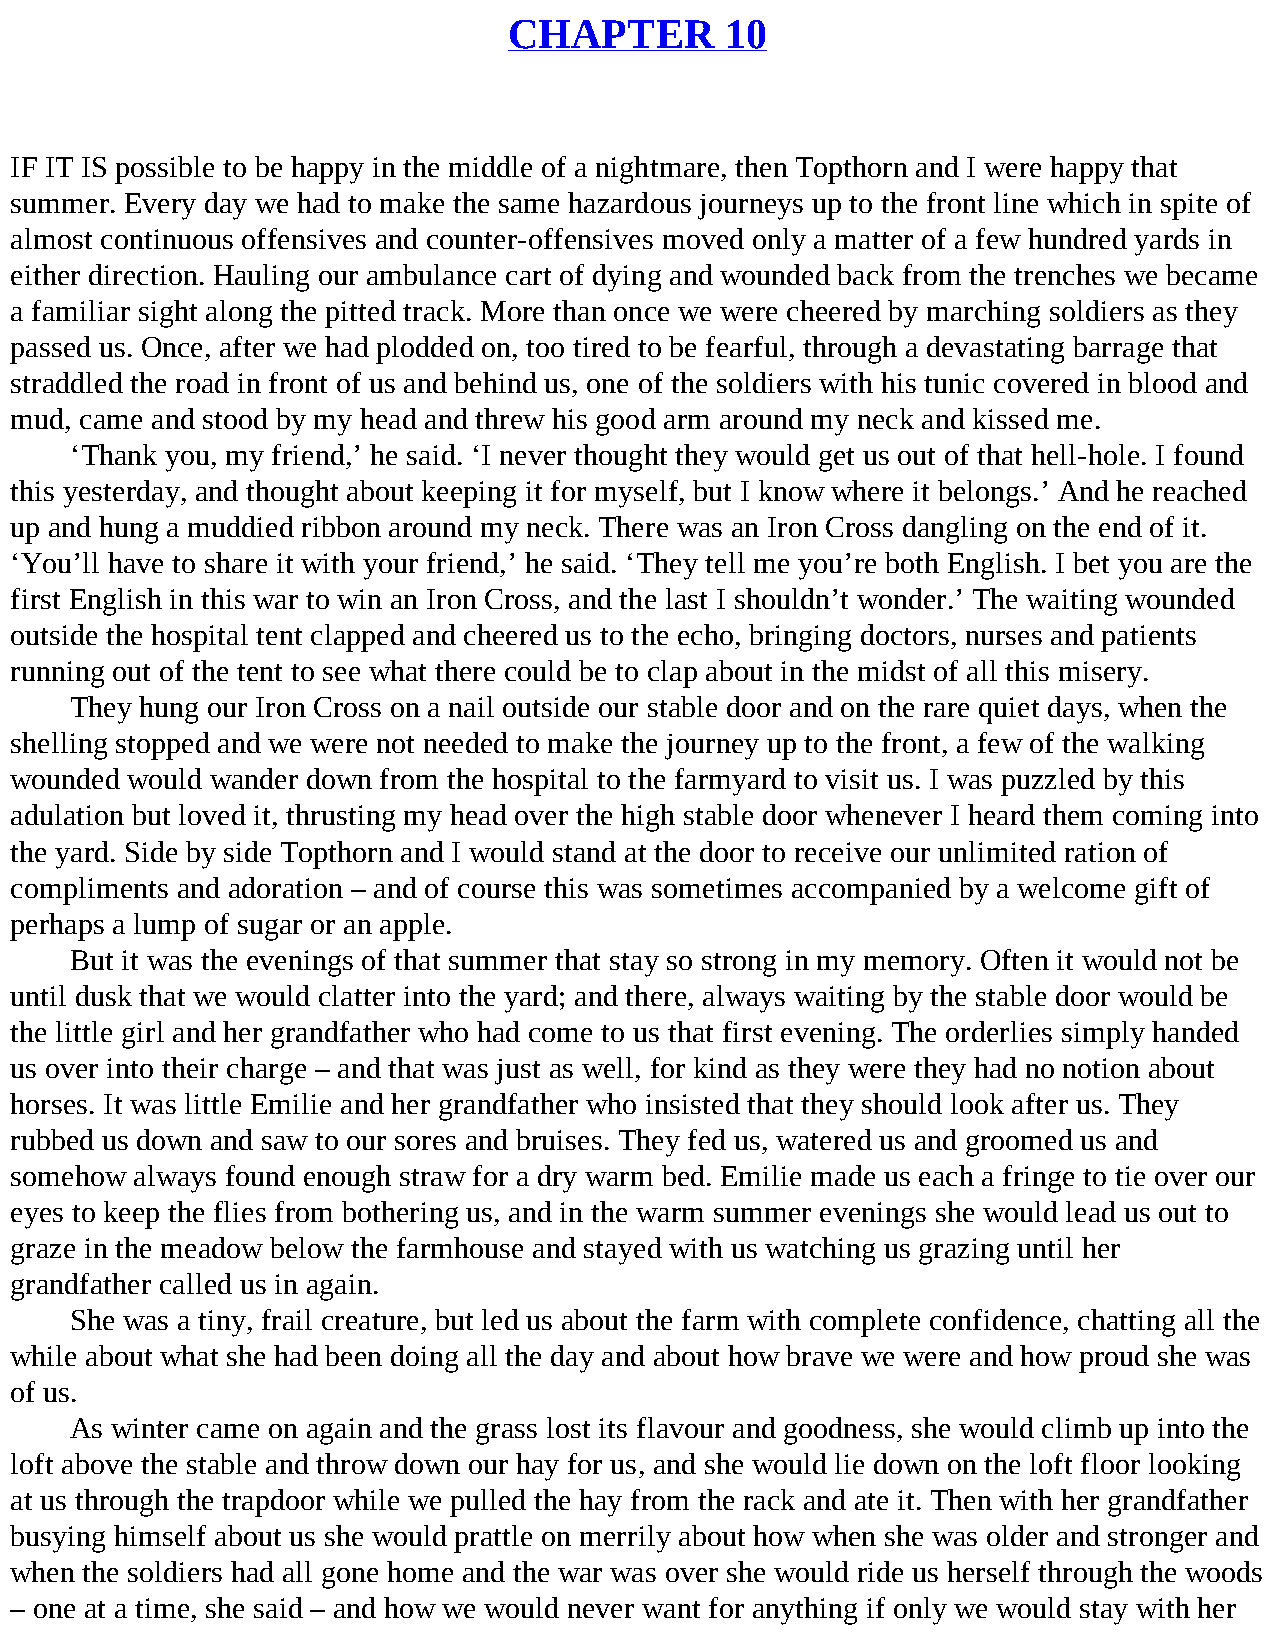
CHAPTER       10
 IF IT IS possible to be happy in the middle of a nightmare, then Topthorn and I were happy that
 summer. Every day we had to make the same hazardous journeys up to the front line which in spite of
 almost continuous offensives and counter-offensives moved only a matter of a few hundred yards in
 either direction. Hauling our ambulance cart of dying and wounded back from the trenches we became
 a familiar sight along the pitted track. More than once we were cheered by marching soldiers as they
 passed us. Once, after we had plodded on, too tired to be fearful, through a devastating barrage that
 straddled the road in front of us and behind us, one of the soldiers with his tunic covered in blood and
 mud, came and stood by my head and threw his good arm around my neck and kissed me.
 ‘Thank you, my friend,’ he said. ‘I never thought they would get us out of that hell-hole. I found
 this yesterday, and thought about keeping it for myself, but I know where it belongs.’ And he reached
 up and hung a muddied ribbon around my neck. There was an Iron Cross dangling on the end of it.
 ‘You’ll have to share it with your friend,’ he said. ‘They tell me you’re both English. I bet you are the
 first English in this war to win an Iron Cross, and the last I shouldn’t wonder.’ The waiting wounded
 outside the hospital tent clapped and cheered us to the echo, bringing doctors, nurses and patients
 running out of the tent to see what there could be to clap about in the midst of all this misery.
 They hung our Iron Cross on a nail outside our stable door and on the rare quiet days, when the
 shelling stopped and we were not needed to make the journey up to the front, a few of the walking
 wounded would wander down from the hospital to the farmyard to visit us. I was puzzled by this
 adulation but loved it, thrusting my head over the high stable door whenever I heard them coming into
 the yard. Side by side Topthorn and I would stand at the door to receive our unlimited ration of
 compliments and adoration – and of course this was sometimes accompanied by a welcome gift of
 perhaps a lump of sugar or an apple.
 But it was the evenings of that summer that stay so strong in my memory. Often it would not be
 until dusk that we would clatter into the yard; and there, always waiting by the stable door would be
 the little girl and her grandfather who had come to us that first evening. The orderlies simply handed
 us over into their charge – and that was just as well, for kind as they were they had no notion about
 horses. It was little Emilie and her grandfather who insisted that they should look after us. They
 rubbed us down and saw to our sores and bruises. They fed us, watered us and groomed us and
 somehow always found enough straw for a dry warm bed. Emilie made us each a fringe to tie over our
 eyes to keep the flies from bothering us, and in the warm summer evenings she would lead us out to
 graze in the meadow below the farmhouse and stayed with us watching us grazing until her
 grandfather called us in again.
 She was a tiny, frail creature, but led us about the farm with complete confidence, chatting all the
 while about what she had been doing all the day and about how brave we were and how proud she was
 of us.
 As winter came on again and the grass lost its flavour and goodness, she would climb up into the
 loft above the stable and throw down our hay for us, and she would lie down on the loft floor looking
 at us through the trapdoor while we pulled the hay from the rack and ate it. Then with her grandfather
 busying himself about us she would prattle on merrily about how when she was older and stronger and
 when the soldiers had all gone home and the war was over she would ride us herself through the woods
 – one at a time, she said – and how we would never want for anything if only we would stay with her